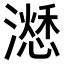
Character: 𣿜